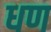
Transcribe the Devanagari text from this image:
धण